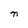
Character: n